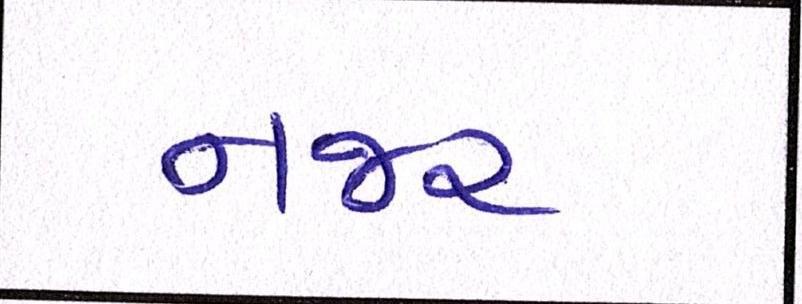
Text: નજર